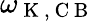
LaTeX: \omega_{\mathrm{~K~},\mathrm{~C~B~}}